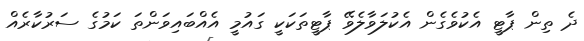
ދެ ތިން ޕާޓީ އެކުވެގެން އެކުލަވާލެވޭ ޕާޓީތަކަކީ ގައުމީ އެއްބައިވަންތަ ކަމުގެ ސަރުކާރެއް